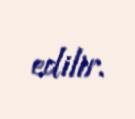
edilir.